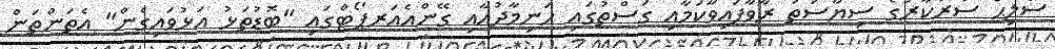
ސޯލިޙް ސަރުކާރުގެ ސިޔާސަތު ރާވާފައިވާކަމާއި ގަސްތުގައި ހަނިމާދުއާއި ގޭންއެއަރޕޯޓްގައި "ބޮޑުތަޅު އަޅުވައިގެން" އެތަންތަން